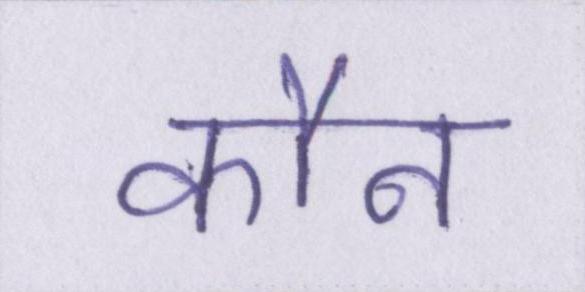
कौन